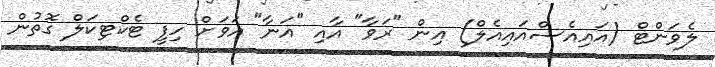
ލެވަންޓް (އައިއެސްއައިއެލް) އިން "ރަވާ" އާއި "އަނާ" އަވަށް ހިފީ ޓެކްޓިކަލް ގޮތުން